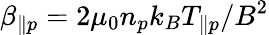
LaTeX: \beta_{\parallel p}=2\mu_{0}n_{p}k_{B}T_{\parallel p}/B^{2}